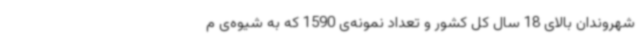
شهروندان بالای 18 سال کل کشور و تعداد نمونه‌ی 1590 که به شیوه‌ی م